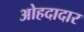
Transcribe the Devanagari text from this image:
ओहदादार